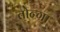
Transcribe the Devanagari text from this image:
तोन्गा